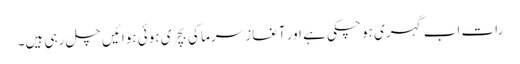
رات اب گہری ہو چکی ہے اور آغازِ سرما کی بچری ہوئی ہوائیں چل رہی ہیں۔